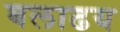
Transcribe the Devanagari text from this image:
बलाढय